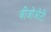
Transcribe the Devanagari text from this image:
बीओओटी